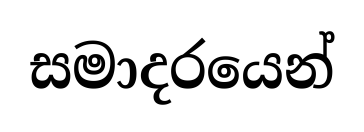
සමාදරයෙන්